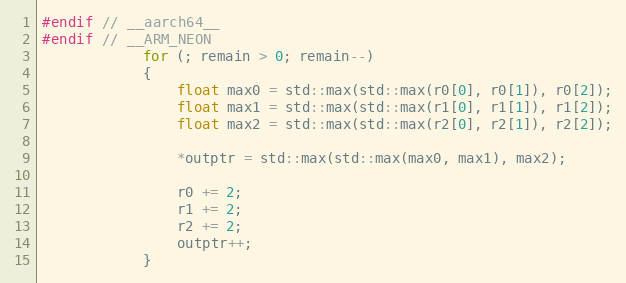
Language: C
#endif // __aarch64__
#endif // __ARM_NEON
            for (; remain > 0; remain--)
            {
                float max0 = std::max(std::max(r0[0], r0[1]), r0[2]);
                float max1 = std::max(std::max(r1[0], r1[1]), r1[2]);
                float max2 = std::max(std::max(r2[0], r2[1]), r2[2]);

                *outptr = std::max(std::max(max0, max1), max2);

                r0 += 2;
                r1 += 2;
                r2 += 2;
                outptr++;
            }